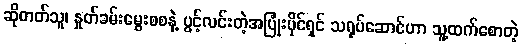
ဆိုတတ်သူ၊ နှုတ်ခမ်းမွေးစစနဲ့ ပွင့်လင်းတဲ့အပြုံးပိုင်ရှင် သရုပ်ဆောင်ဟာ သူ့ထက်စောတဲ့